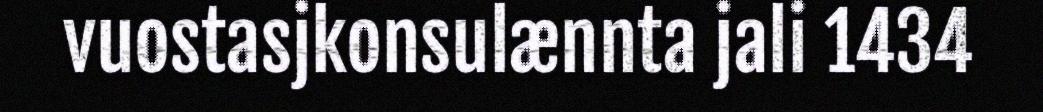
vuostasjkonsulænnta jali 1434